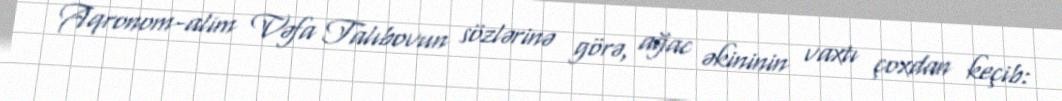
Aqronom-alim Vəfa Talıbovun sözlərinə görə, ağac əkininin vaxtı çoxdan keçib: